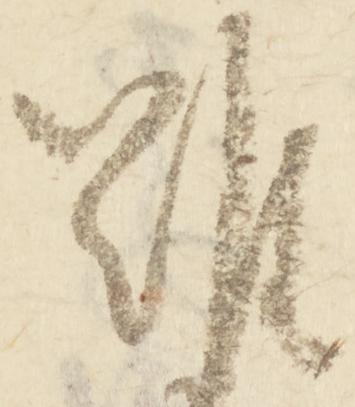
難